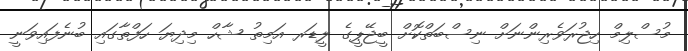
މުސްލިމް ހިޖުރަވެރިންނަށް ނިސްބަތްކޮށް ބީޖޭޕީގެ ލީޑަރ އަމިތު ޝާހް މިދިޔަ ހަފްތާގައި ބުނެފައިވަނީ